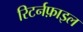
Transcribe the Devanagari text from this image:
रिटर्नफ़ाइल